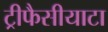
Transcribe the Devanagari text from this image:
ट्रीफैसीयाटा